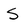
Character: S